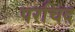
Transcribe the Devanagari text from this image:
परचिद